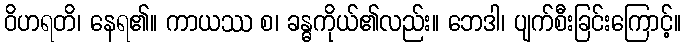
ဝိဟရတိ၊ နေရ၏။ ကာယဿ စ၊ ခန္ဓကိုယ်၏လည်း။ ဘေဒါ၊ ပျက်စီးခြင်းကြောင့်။